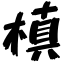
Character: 槙